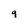
Character: 9